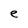
Character: e